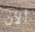
ألأن